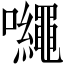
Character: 𡅠